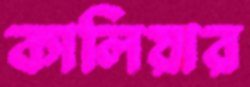
কালিয়ার